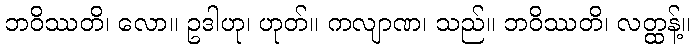
ဘဝိဿတိ၊ လော။ ဥဒါဟု၊ ဟုတ်။ ကလျာဏ၊ သည်။ ဘဝိဿတိ၊ လတ္ထန့်။